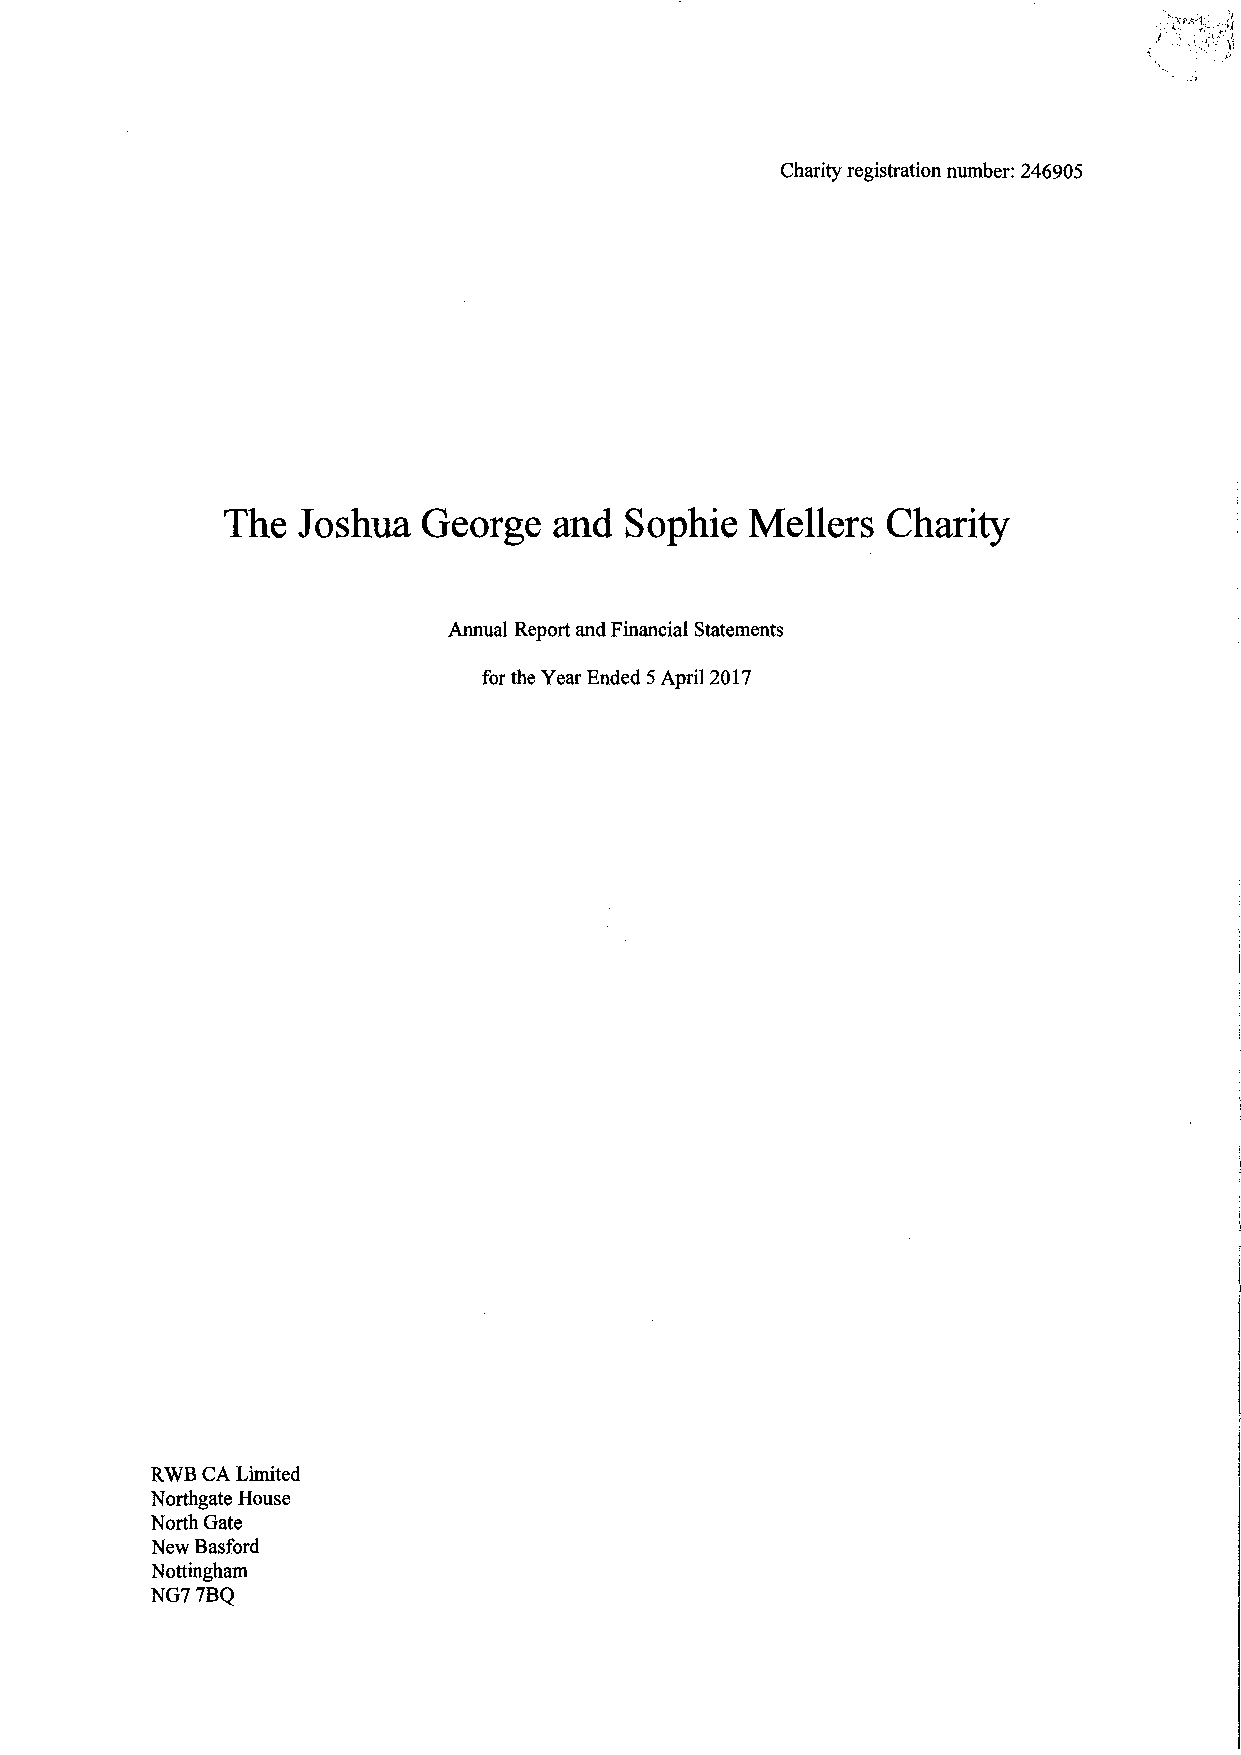
Charityregistrationnumber: 246905
 The  Joshua  George   and Sophie   Mellers  Charity
 Annual ReportandFinancial Statements
 fortheYearEnded5 April2017
 RWBCALimited
 NorthgateHouse
 NorthGate
 NewBasford
 Nottingham
 NG77BQ